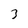
Character: 3